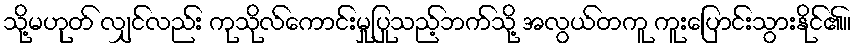
သို့မဟုတ် လျှင်လည်း ကုသိုလ်ကောင်းမှုပြုသည့်ဘက်သို့ အလွယ်တကူ ကူးပြောင်းသွားနိုင်၏။